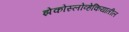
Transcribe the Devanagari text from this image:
झेकोस्लोव्हेकियातील